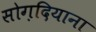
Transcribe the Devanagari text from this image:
सोग़दियाना